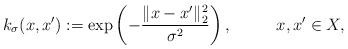
\begin{align*}k_{\sigma} (x, x') := \exp \left( - \frac{\|x - x'\|_2^2}{\sigma^2} \right), \,\,\,\,\,\,\,\,\,\,\,\,\,\,\,\,x, x' \in X,\end{align*}